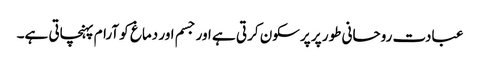
عبادت روحانی طور پر پرسکون کرتی ہے اور جسم اور دماغ کو آرام پہنچاتی ہے۔